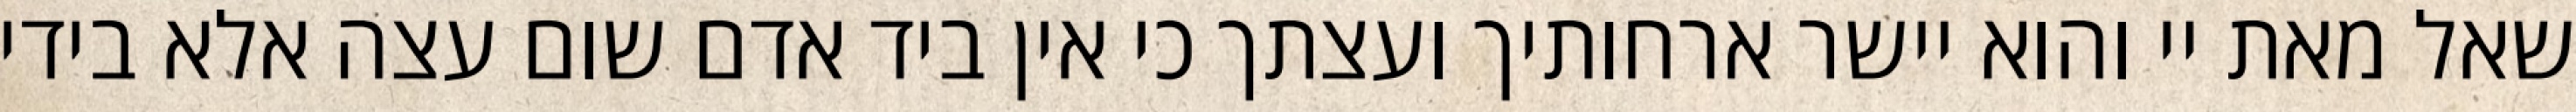
שאל מאת יי והוא יישר ארחותיך ועצתך כי אין ביד אדם שום עצה אלא בידי